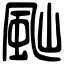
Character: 𩖞